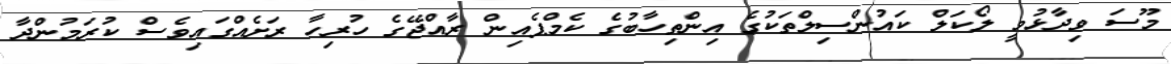
މޫސަ ވިދާޅުވީ ލޯކަލް ކައުންސިލްތަކުގެ އިންތިހާބުގެ ކެމްޕެއިން ރާއްޖޭގެ ހުރިހާ ރަށެއްގައިވެސް ކުރަމުންދާ